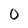
Character: 0